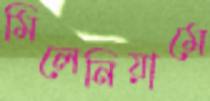
মিলেনিয়ামে